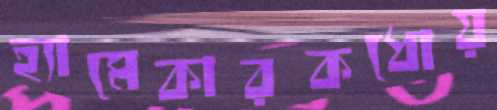
হ্যামেকারকধোয়